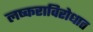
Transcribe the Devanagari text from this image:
लष्कराविरोधात